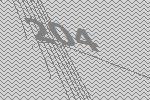
204